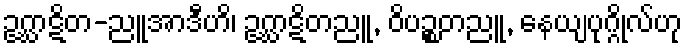
ဥဂ္ဃာဋိတ-ညူအာဒီဟိ၊ ဥဂ္ဃာဋိတညူ, ဝိပဉ္စတညူ, နေယျပုဂ္ဂိုလ်ဟု